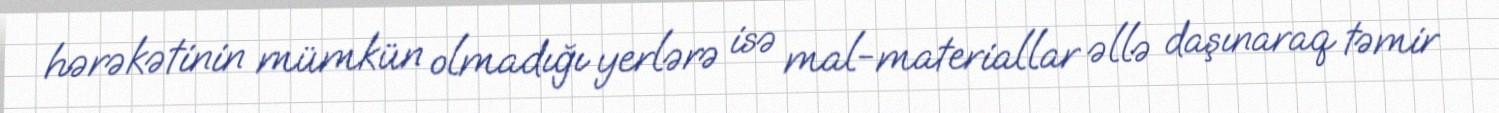
hərəkətinin mümkün olmadığı yerlərə isə mal-materiallar əllə daşınaraq təmir